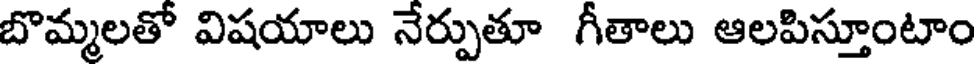
బొమ్మలతో విషయాలు నేర్పుతూ గీతాలు ఆలపిస్తూంటాం